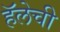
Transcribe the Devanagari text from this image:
हॅलेची